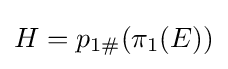
H=p_{1\#}(\pi _{1}(E))